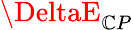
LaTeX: \DeltaE_{\mathbb{C}P}